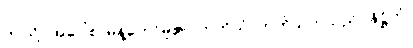
ဤသို့။ အဝေါစ၊ မိန့်တော်မူ၏။ တတိယံ၊ တတိသုတ်သည်။ နိဋ္ဌိတံ၊